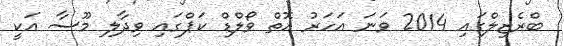
ބްރެޒިލްގައި 2014 ވަނަ އަހަރު އޮތް ވޯލްޑް ކަޕްގައި ވިދާލި މޫސާ އަކީ